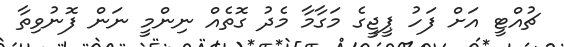
ޗުއްޓީ އަށް ފަހު ޕީޖީގެ މަގާމާ މެދު ގޮތެއް ނިންމީ ނަން ފޮނުވިތާ